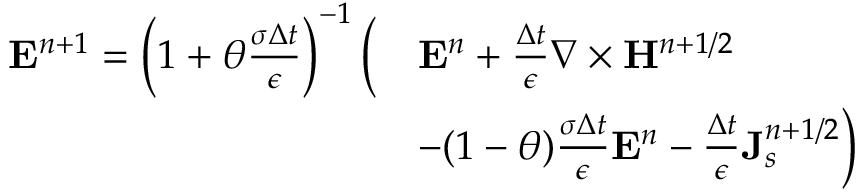
\begin{array} { r l } { { \bf E } ^ { n + 1 } = \left( 1 + \theta \frac { \sigma \Delta t } { \epsilon } \right) ^ { - 1 } \bigg ( } & { { \bf E } ^ { n } + \frac { \Delta t } { \epsilon } \nabla \times { \bf H } ^ { n + 1 / 2 } } \\ & { - ( 1 - \theta ) \frac { \sigma \Delta t } { \epsilon } { \bf E } ^ { n } - \frac { \Delta t } { \epsilon } { \bf J } _ { s } ^ { n + 1 / 2 } \bigg ) } \end{array}